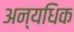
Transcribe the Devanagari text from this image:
अन्यधिक